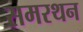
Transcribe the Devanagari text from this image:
समरथन